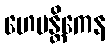
ဟေမန္တိကေန